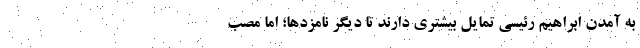
به آمدن ابراهیم رئیسی تمایل بیشتری دارند تا دیگر نامزدها؛ اما مصب